Distribution and causation of leprosy in British India
Year: 1875
Disease focus: Leprosy
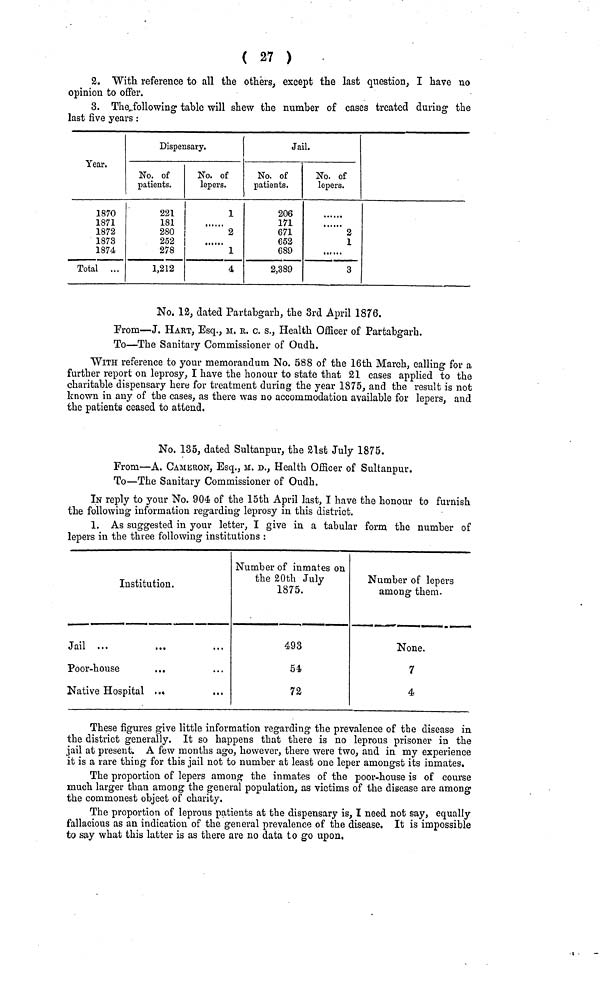
( 27 )
2. With reference to all the others, except the last question, I have no
opinion to offer.
3. The following table will shew the number of cases treated during the
last five years :
Year.
1870
1871
1872
1873
1874
Total ...
Dispensary.
No. of
patients.
221
181
280
252
278
1,212
No. of
lepers.
1
.......
2
1
4
Jail.
No. of
patients.
206
171
671
652
689
2,389
No. of
lepers.
2
1
3
No. 12, dated Partabgarh, the 3rd April 1876.
From—J. HART, Esq., Μ. κ. c. s., Health Officer of Partabgarh.
To—The Sanitary Commissioner of Oudh.
WITH reference to your memorandum No. 588 of the 16th March, calling for a
further report on leprosy, I have the honour to state that 21 cases applied to the
charitable dispensary here for treatment during the year 1875, and the result is not
known in any of the cases, as there was no accommodation available for lepers, and
the patients ceased to attend.
No. 135, dated Sultanpur, the 21st July 1875.
From—A. CAMERON, Esq., M. D., Health Officer of Sultanpur.
To—The Sanitary Commissioner of Oudh.
IN reply to your No. 904 of the 15th April last, I have the honour to furnish
the following information regarding leprosy in this district.
1. As suggested in your letter, I give in a tabular form the number of
lepers in the three following institutions :
Institution.
Jail ...
Poor-house
...
Native Hospital ...
Number of inmates on
the 20th July
1875.
493
54
72
Number of lepers
among them.
None.
7
4
These figures give little information regarding the prevalence of the disease in
the district generally. It so happens that there is no leprous prisoner in the
jail at present. A few months ago, however, there were two, and in my experience
it is a rare thing for this jail not to number at least one leper amongst its inmates.
The proportion of lepers among the inmates of the poor-house is of course
much larger than among the general population, as victims of the disease are among
the commonest object of charity.
The proportion of leprous patients at the dispensary is, I need not say, equally
fallacious as an indication of the general prevalence of the disease. It is impossible
to say what this latter is as there are no data to go upon.